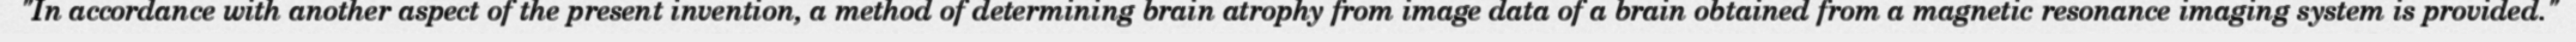
"In accordance with another aspect of the present invention, a method of determining brain atrophy from image data of a brain obtained from a magnetic resonance imaging system is provided."